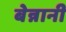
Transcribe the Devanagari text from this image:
बेन्नानी